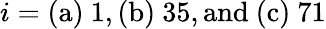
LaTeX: i=\mathrm{(a)}~1,\mathrm{(b)}~35,\mathrm{and~(c)}~71